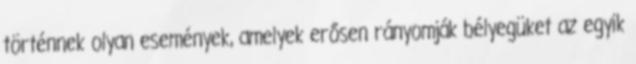
történnek olyan események, amelyek erősen rányomják bélyegüket az egyik